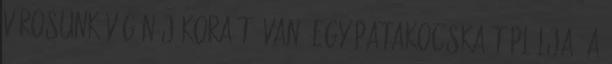
városunk végén jókora tó van. Egy patakocska táplálja. A